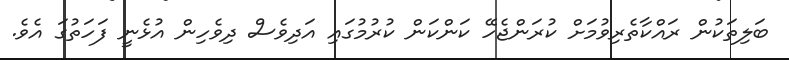
ބަލިތަކުން ރައްކާތެރިވުމަށް ކުރަންޖެހޭ ކަންކަން ކުރުމުގައި އަދިވެސް ދިވެހިން އުޅެނީ ފަހަތުގަ އެވެ.